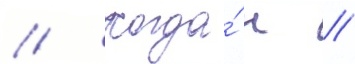
// Когда́ н //